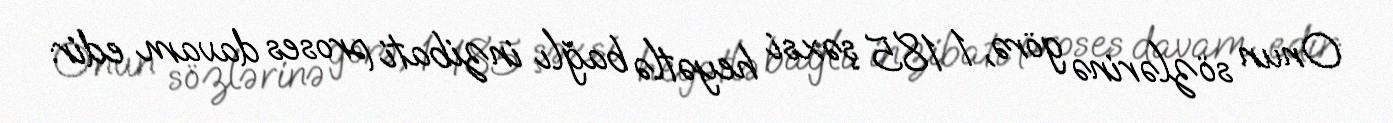
Onun sözlərinə görə, 1 185 şəxsi heyətlə bağlı inzibati proses davam edir: